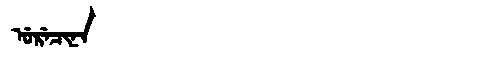
Manchu: ᡠᡵᡝᠴᡳᠨᠠ
Romanization: URECINA